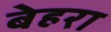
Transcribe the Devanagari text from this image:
बेहरा